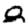
Digit: 2